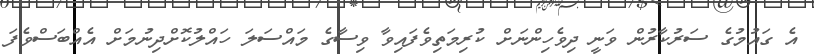
އެ ގައުމުގެ ސަރުކާރުން ވަނީ ދިވެހިންނަށް ކުރިމަތިވެފައިވާ ވިސާގެ މައްސަލަ ހައްލުކޮށްދިނުމަށް އެއްބަސްވެފަ